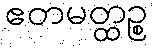
ဧတမတ္ထဉ္စ